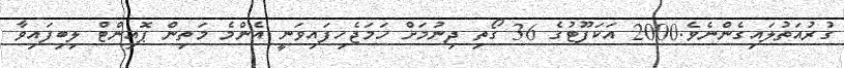
ގުރުއަތުލައިގެންނެވެ.2000 އަކަފޫޓުގެ 36 ގޯތި ދިނުމަށް ހަމަޖެހިފައިވަނީ އެންމެ މަތިން ޕޮއިންޓް ލިބިފައިވާ